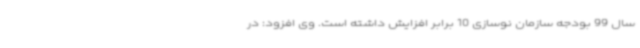
سال 99 بودجه سازمان نوسازی 10 برابر افزایش داشته است. وی افزود: در